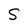
Character: S